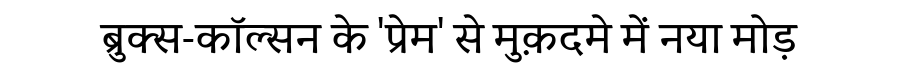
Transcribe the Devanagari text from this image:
ब्रुक्स-कॉल्सन के 'प्रेम' से मुक़दमे में नया मोड़